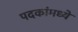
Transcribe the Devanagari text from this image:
पदकांमध्ये